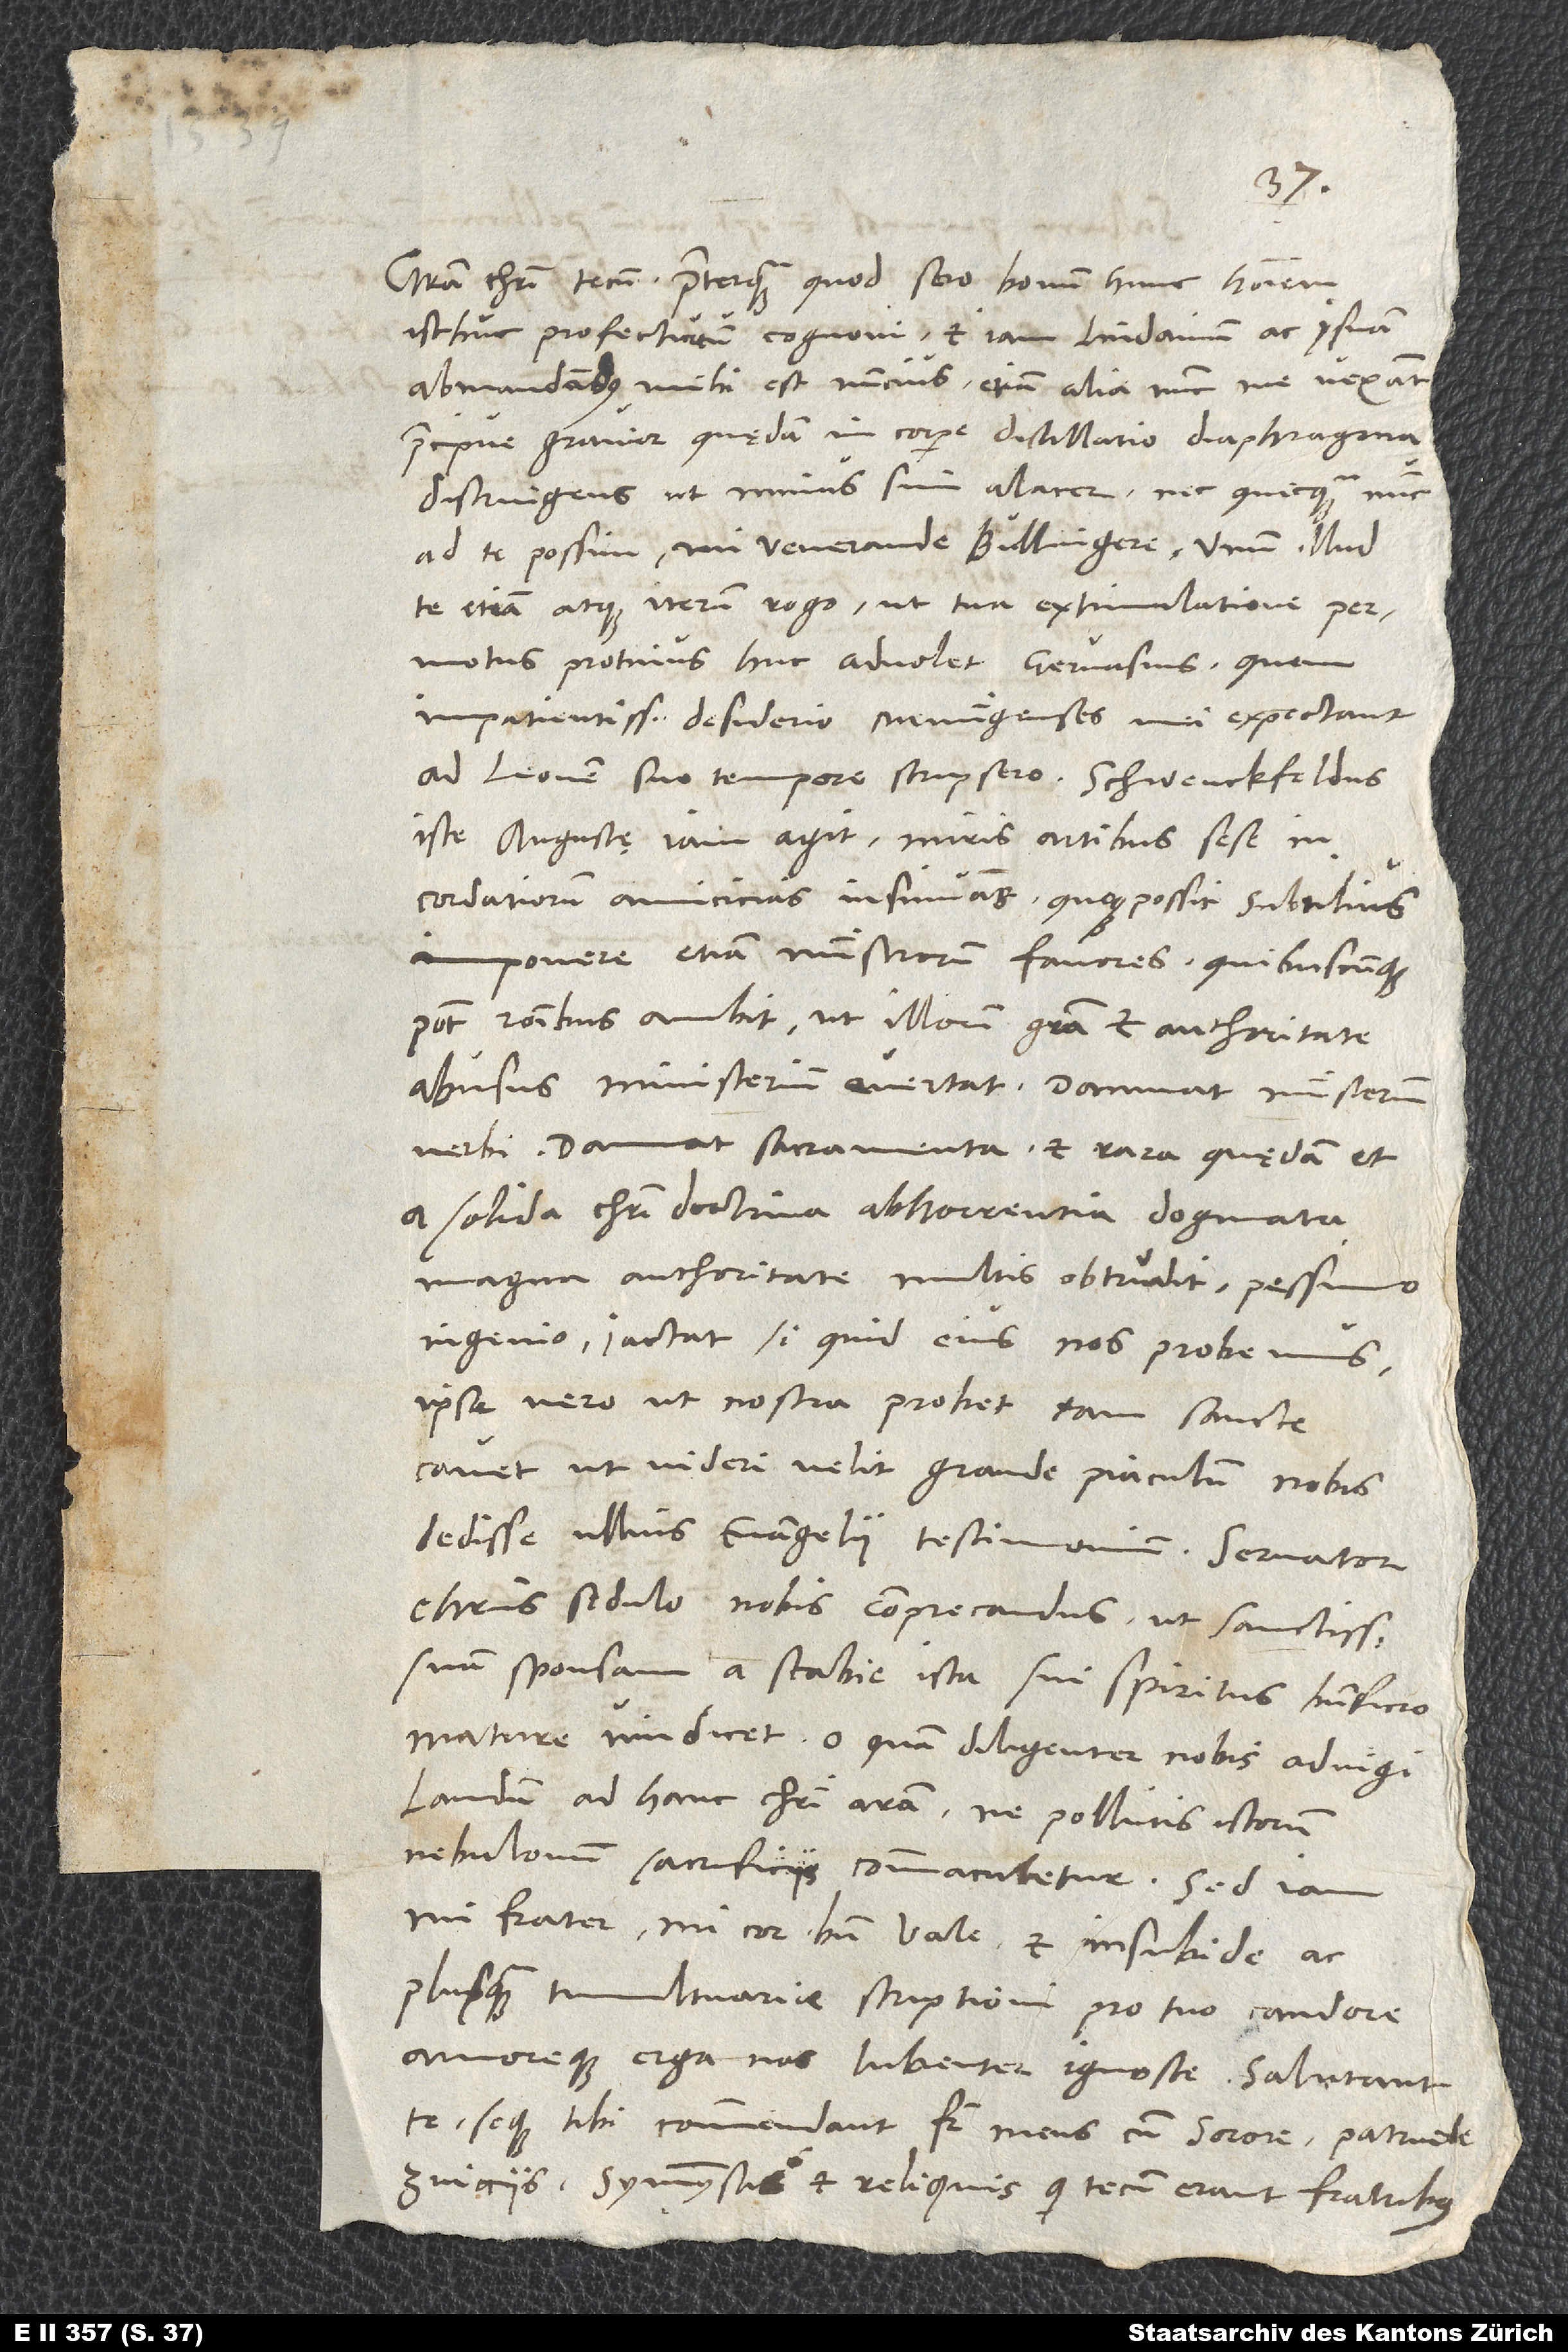
isthuc profecturum cognovi et iam Lindavium ac Isnam
abmandandus mihi est nuncius, etiam alia nunc me vexant,
praecipue gravior quędam in corpore distillatio, diaphragma
distringens, ut minus sim alacer nec quicquam nunc
te etiam atque iterum rogo, ut tua extimulatione permotus
protinus huc advolet Gervasius, quem
impatientissimo desiderio Memingenses mei expectant.
iste Augustę iam agit miris artibus sese in
cordatiorum amicicias insinuans. Quo possit subtilius
imponere, etiam ministrorum favores, quibuscunque
potest rationibus, ambit, ut illorum gratia et authoritate
abusus ministerium evertat. Damnat ministerium
verbi, damnat sacramenta et rara quędam et
a solida Christi doctrina abhorrentia dogmata
magna authoritate multis obtrudit pessimo
ingenio. Iactat, si quid eius nos probemus,
ipse vero, ut nostra probet, tam sancte
cavet, ut videri velit grande piaculum nobis
dedisse ullius evangelii testimonium. Servator
Christus sedulo nobis comprecandus, ut sanctissimam
suam sponsam a scabie ista sui spiritus beneficio
mature vindicet. O quam diligenter nobis advigilandum
ad hanc Christi aram, ne pollutis istorum
nebulonum sacrificiis commaculetur!
mi frater, mi cor, bene vale et insubide ac
plus quam tumultuarie scriptioni pro tuo candore
amoreque erga nos lubenter ignosce. Salutant
te seque tibi commendant frater meus cum sorore, patruele,
Zuicciis, symmystis et reliquis, qui tecum erant, fratribus.